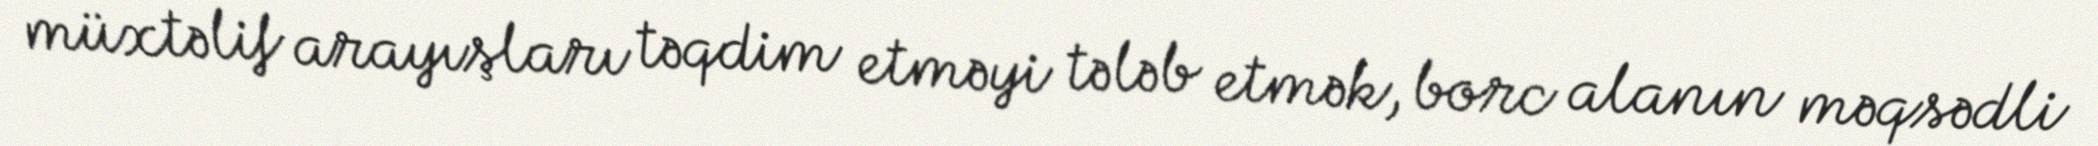
müxtəlif arayışları təqdim etməyi tələb etmək, borc alanın məqsədli